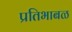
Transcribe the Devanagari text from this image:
प्रतिभाबळ